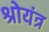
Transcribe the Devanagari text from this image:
श्रोयंत्र